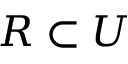
R \subset U